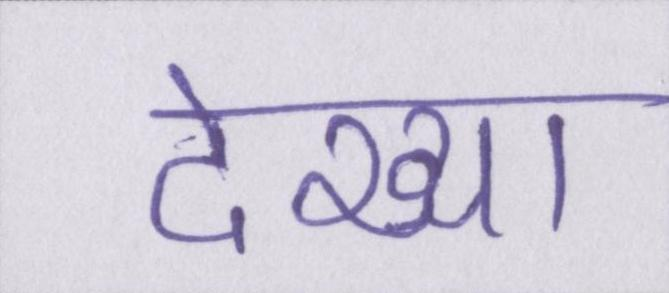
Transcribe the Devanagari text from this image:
देख्या